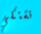
تشتكي